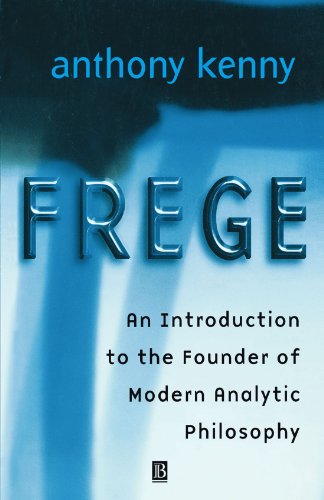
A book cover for Frege: An Introduction to the Founder of Modern Analytic Philosophy; Sir Anthony Kenny; Politics & Social Sciences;